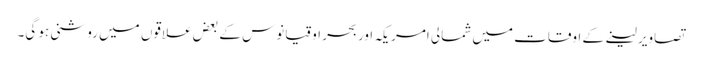
تصاویر لینے کے اوقات میں شمالی امریکہ اور بحر اوقیانوس کے بعض علاقوں میں روشنی ہو گی۔